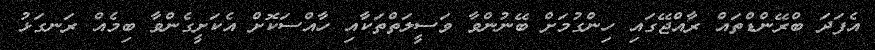
އެފަދަ ބްރޭންޑްތައް ރާއްޖޭގައި ހިންގުމަށް ބޭނުންވާ ވަސީލަތްތަކާއި ހާއްސަކޮށް އެކަށީގެންވާ ބިމެއް ރަނގަޅު